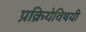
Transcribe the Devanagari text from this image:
प्रक्रियेविषयी